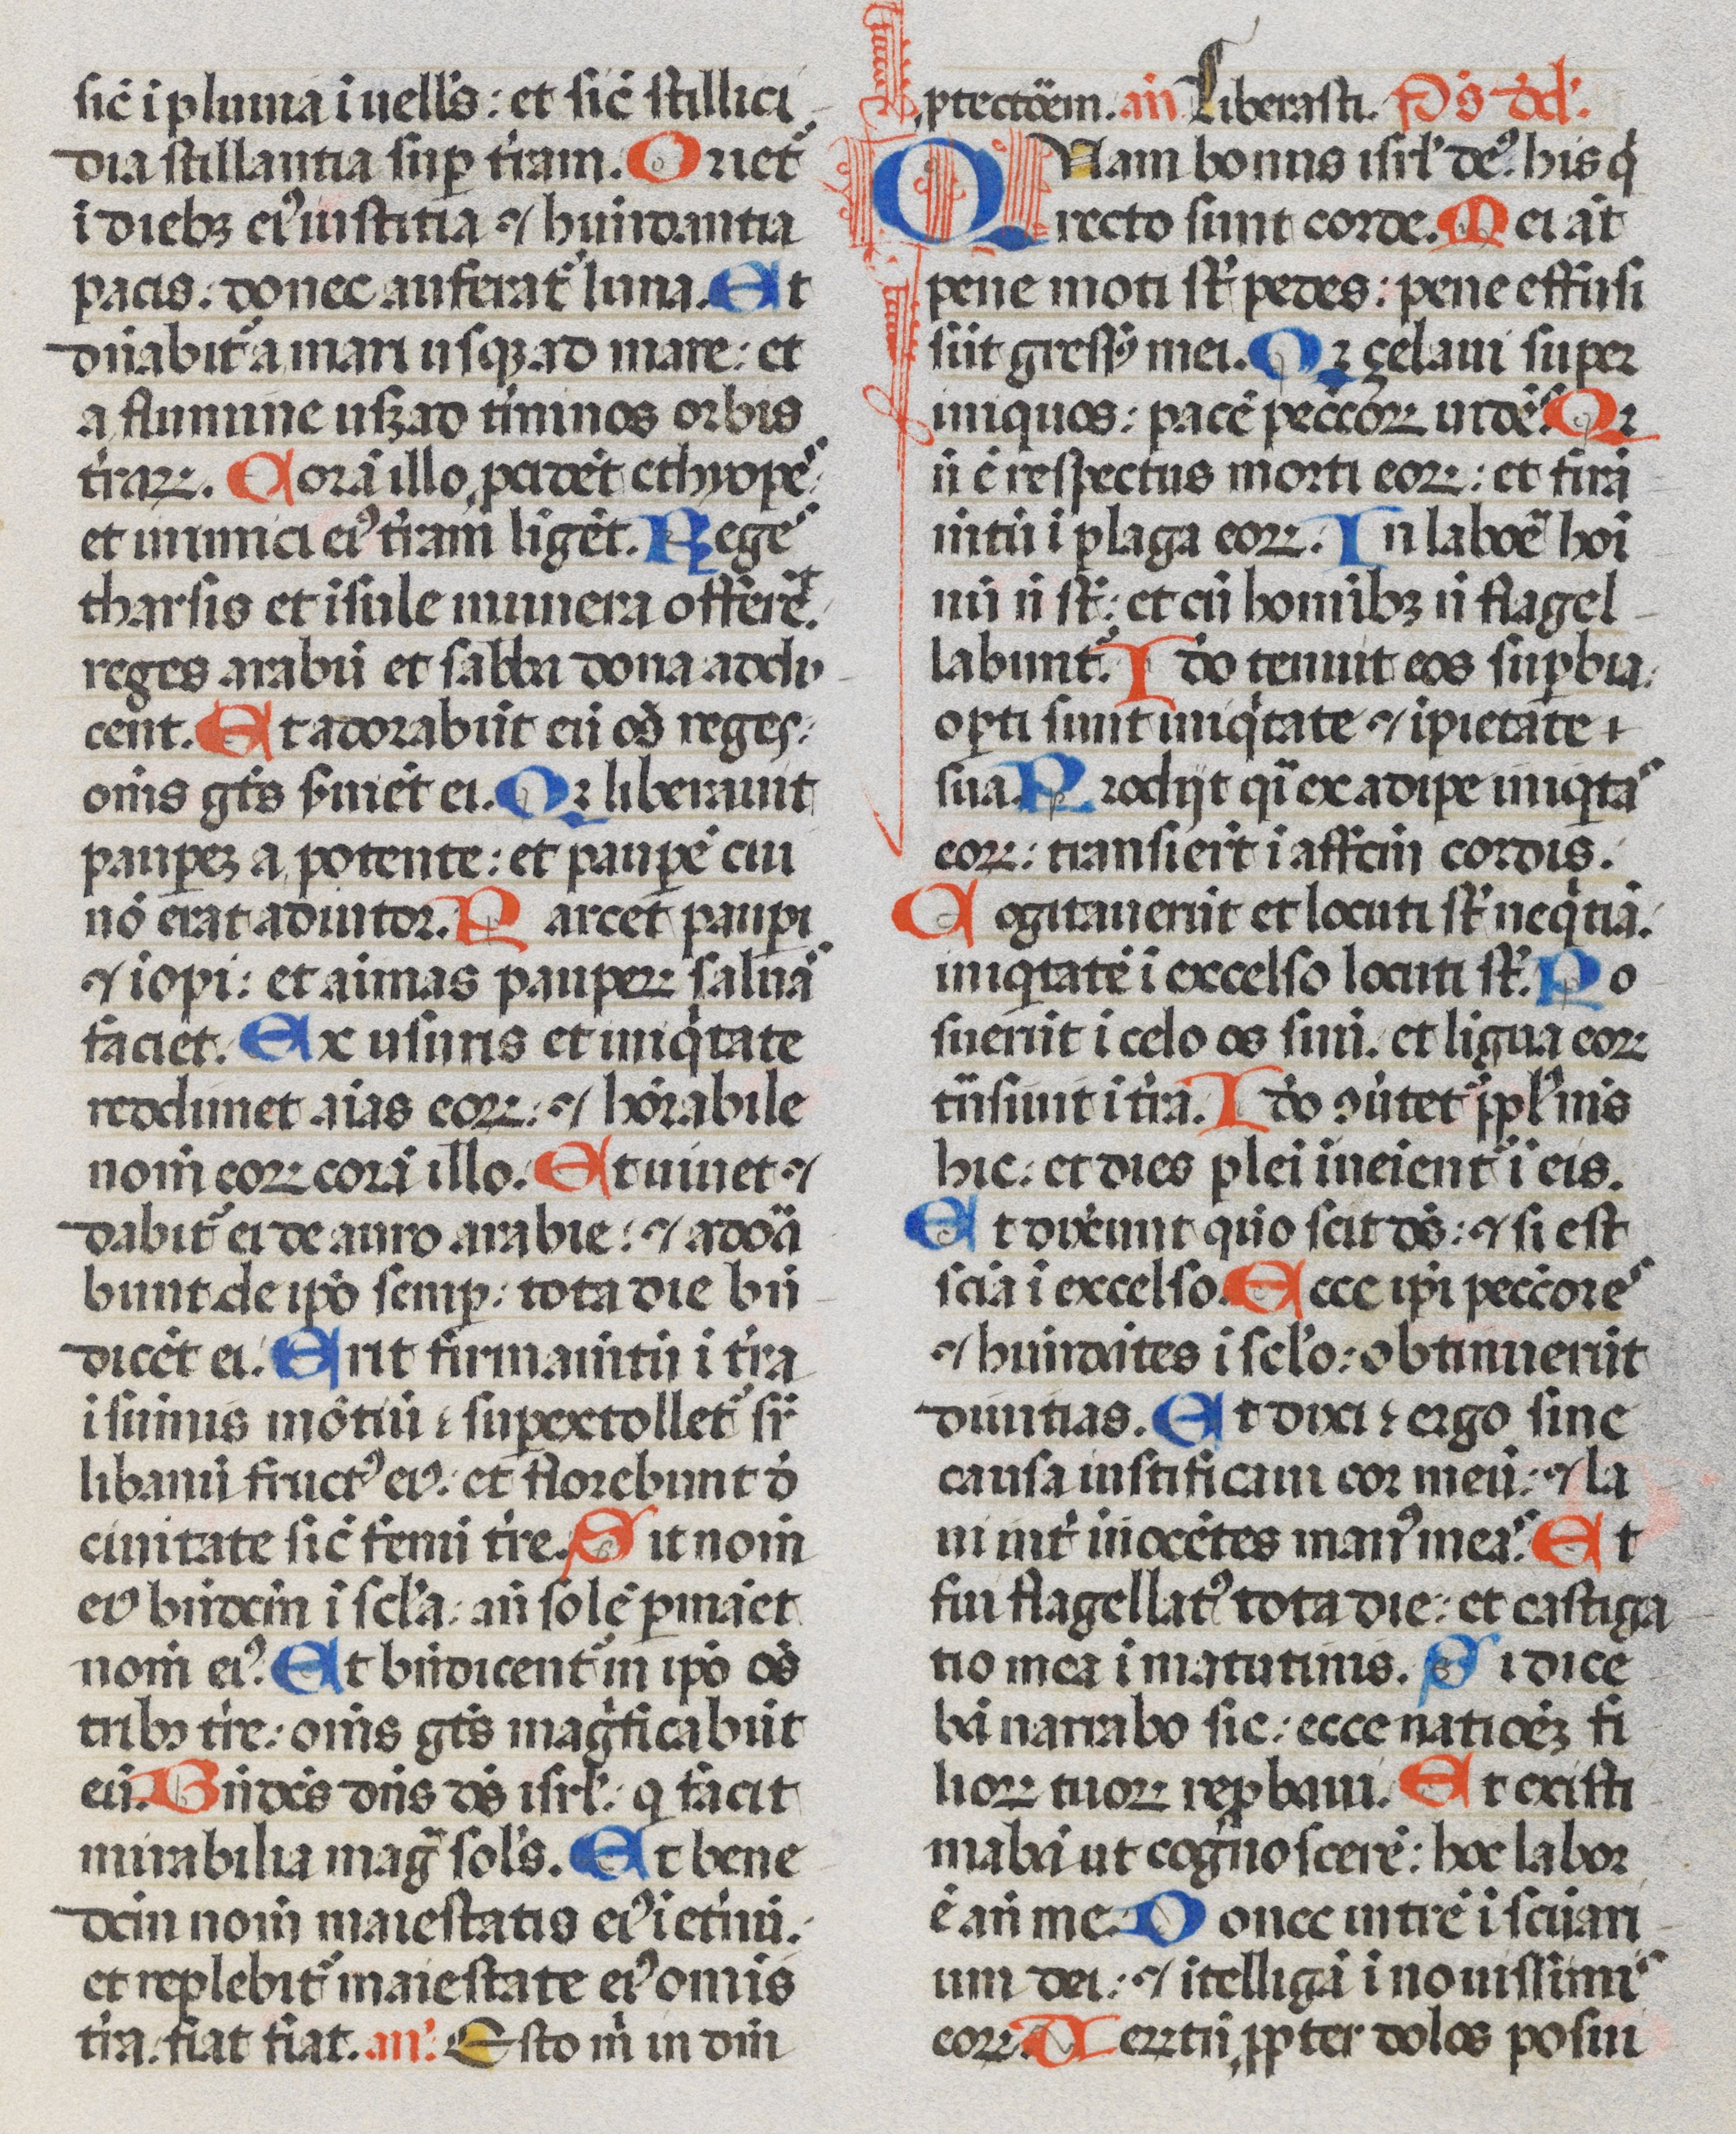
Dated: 1470–1471